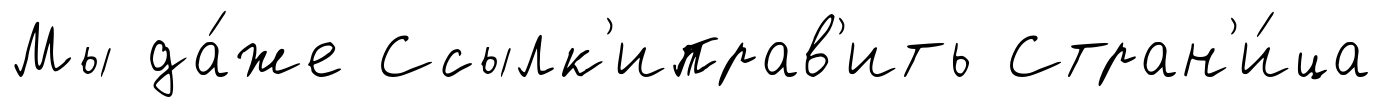
Мы да́же Ссылк'иправ'ить Стран'и́ца